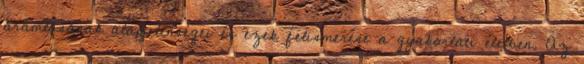
áramlásának alapjelenségei és ezek felismerése a gyakorlati életben. Az